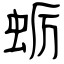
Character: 蛎